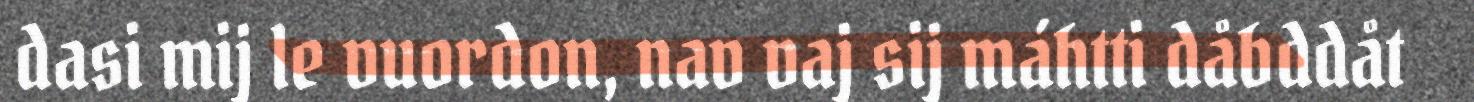
dasi mij le vuordon, nav vaj sij máhtti dåbddåt